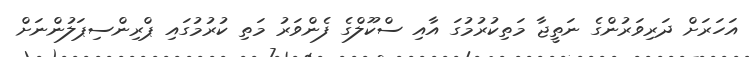
އަހަރަށް ދަރިވަރުންގެ ނަތީޖާ މަތިކުރުމުގަ އާއި ސްކޫލްގެ ފެންވަރު މަތި ކުރުމުގައި ޕްރިންސިޕަލުންނަށް